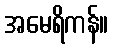
အမေရိကန်။